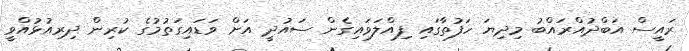
ރައީސް އަބްދުއްރައްބު މިދިޔަ ހަފުތާގައި ފިއްލަވައިގެން ސައުދީ އަށް ވަޑައިގަތުމުގެ ކުރިން ދިރިއުޅުއްވީ